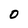
Character: 0